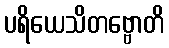
ပရိယေသိတဗ္ဗောတိ